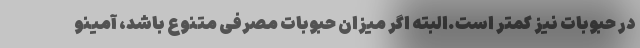
در حبوبات نیز کمتر است.البته اگر میزان حبوبات مصرفی متنوع باشد، آمینو